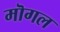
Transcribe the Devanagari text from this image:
मॊगल